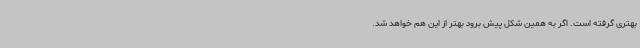
بهتری گرفته است. اگر به همین شکل پیش برود بهتر از این هم خواهد شد.